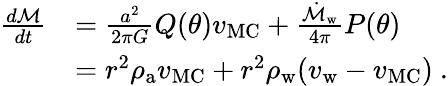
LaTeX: \begin{array}{rl}{\frac{d\mathcal{M}}{dt}}&{=\frac{a^{2}}{2\pi G}Q(\theta)v_{\mathrm{MC}}+\frac{\dot{\mathcal{M}}_{\mathrm{w}}}{4\pi}P(\theta)}\\ &{=r^{2}\rho_{\mathrm{a}}v_{\mathrm{MC}}+r^{2}\rho_{\mathrm{w}}(v_{\mathrm{w}}-v_{\mathrm{MC}})\ .}\end{array}